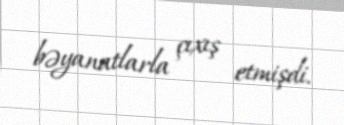
bəyanatlarla çıxış etmişdi.